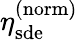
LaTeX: \eta_{\mathrm{sde}}^{\mathrm{(norm)}}